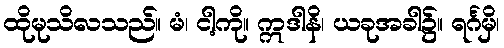
ထိုမုသိလသည်။ မံ၊ ငါ့ကို။ ဣဒါနိ၊ ယခုအခါ၌။ ရင်္ဂမှိ၊